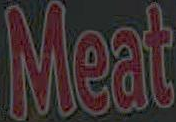
Meat